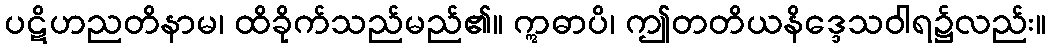
ပဋိဟညတိနာမ၊ ထိခိုက်သည်မည်၏။ ဣဓာပိ၊ ဤတတိယနိဒ္ဒေသဝါရ၌လည်း။